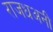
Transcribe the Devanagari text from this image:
राजधअनी